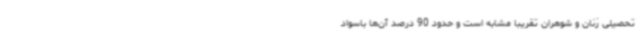
تحصیلی زنان و شوهران تقریبا مشابه است و حدود 90 درصد آن‌ها باسواد